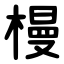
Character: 槾